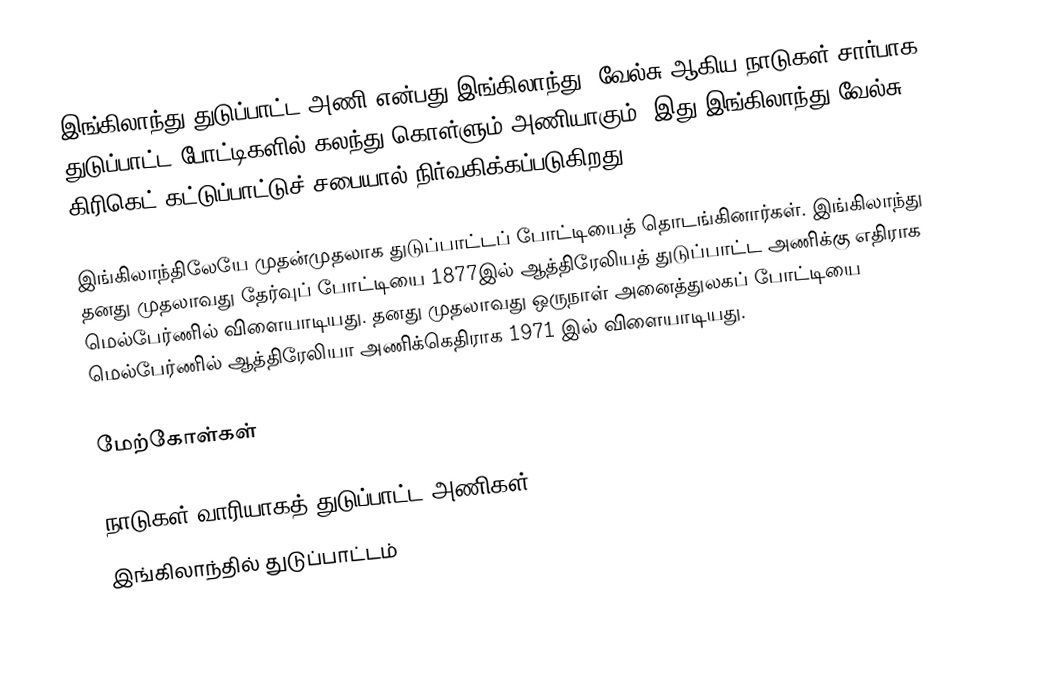
இங்கிலாந்து துடுப்பாட்ட அணி என்பது  இங்கிலாந்து, வேல்சு ஆகிய நாடுகள் சார்பாக துடுப்பாட்ட போட்டிகளில் கலந்து கொள்ளும் அணியாகும். இது இங்கிலாந்து வேல்சு கிரிகெட் கட்டுப்பாட்டுச் சபையால் நிர்வகிக்கப்படுகிறது.

இங்கிலாந்திலேயே முதன்முதலாக துடுப்பாட்டப் போட்டியைத் தொடங்கினார்கள். இங்கிலாந்து தனது முதலாவது தேர்வுப் போட்டியை 1877இல் ஆத்திரேலியத் துடுப்பாட்ட அணிக்கு எதிராக மெல்பேர்ணில் விளையாடியது. தனது முதலாவது ஒருநாள் அனைத்துலகப் போட்டியை மெல்பேர்ணில் ஆத்திரேலியா அணிக்கெதிராக 1971 இல் விளையாடியது.

மேற்கோள்கள்

நாடுகள் வாரியாகத் துடுப்பாட்ட அணிகள்
இங்கிலாந்தில் துடுப்பாட்டம்